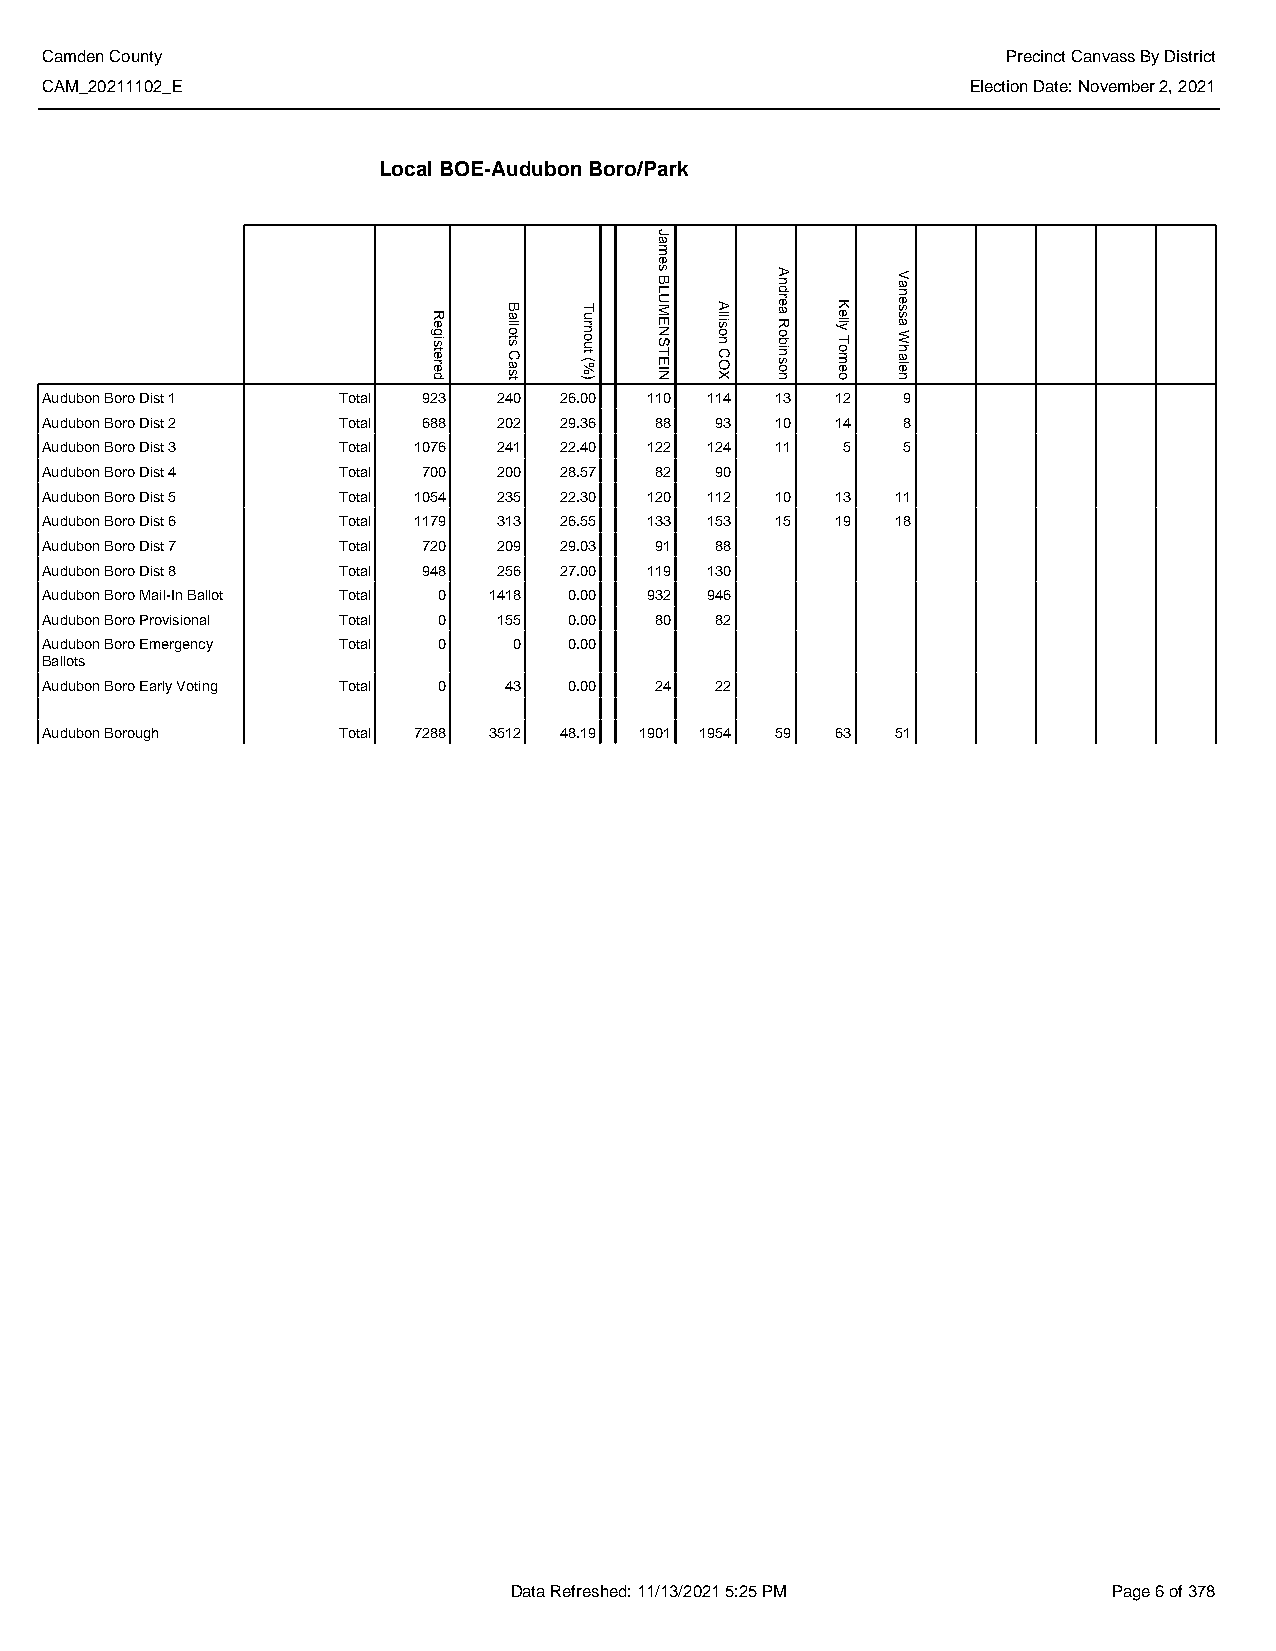
Camden County                                                   Precinct Canvass By District
 CAM_20211102_E                                               Election Date: November 2, 2021
 Local BOE-Audubon Boro/Park
 Audubon Boro Dist 1 Total 923 240 26.00 110 114 13  12   9
 Audubon Boro Dist 2 Total 688 202 29.36 88  93  10  14   8
 Audubon Boro Dist 3 Total 1076 241 22.40 122 124 11  5   5
 Audubon Boro Dist 4 Total 700 200 28.57 82  90
 Audubon Boro Dist 5 Total 1054 235 22.30 120 112 10 13  11
 Audubon Boro Dist 6 Total 1179 313 26.55 133 153 15 19  18
 Audubon Boro Dist 7 Total 720 209 29.03 91  88
 Audubon Boro Dist 8 Total 948 256 27.00 119 130
 Audubon Boro Mail-In Ballot Total 0 1418 0.00 932 946
 Audubon Boro Provisional Total 0 155 0.00 80 82
 Audubon Boro Emergency Total 0 0   0.00
 Ballots
 Audubon Boro Early Voting Total 0 43 0.00 24 22
 Audubon Borough    Total 7288 3512 48.19 1901 1954 59 63 51
 Data Refreshed: 11/13/2021 5:25 PM      Page 6 of 378
 Registered
 Ballots
 Cast
 Turnout
 (%)
 James
 BLUMENSTEIN
 Allison
 COX
 Andrea
 Robinson
 Kelly
 Tomeo
 Vanessa
 Whalen